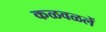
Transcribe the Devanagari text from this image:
कळवळलें